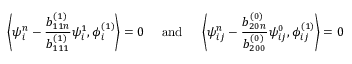
\left\langle \psi _ { i } ^ { n } - \frac { b _ { 1 1 n } ^ { ( 1 ) } } { b _ { 1 1 1 } ^ { ( 1 ) } } \psi _ { i } ^ { 1 } , \phi _ { i } ^ { ( 1 ) } \right\rangle = 0 \quad \mathrm { ~ a n d ~ } \quad \left\langle \psi _ { i j } ^ { n } - \frac { b _ { 2 0 n } ^ { ( 0 ) } } { b _ { 2 0 0 } ^ { ( 0 ) } } \psi _ { i j } ^ { 0 } , \phi _ { i j } ^ { ( 1 ) } \right\rangle = 0